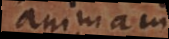
anima